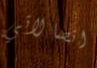
اتصالاتي